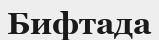
Бифтада